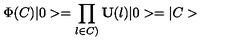
\Phi ( C ) | 0 > = \prod _ { l \in C ) } { \bf U } ( l ) | 0 > = | C >